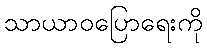
သာယာဝပြောရေးကို